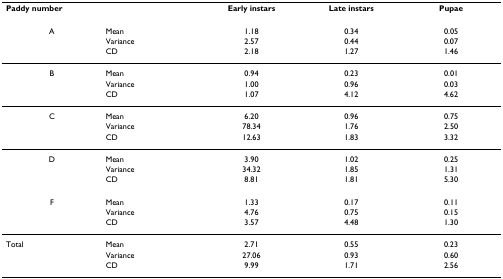
<table><thead><tr><td colspan="2"><b>Paddy number</b></td><td><b>Early instars</b></td><td><b>Late instars</b></td><td><b>Pupae</b></td></tr></thead><tbody><tr><td>A</td><td>Mean</td><td>1.18</td><td>0.34</td><td>0.05</td></tr><tr><td></td><td>Variance</td><td>2.57</td><td>0.44</td><td>0.07</td></tr><tr><td></td><td>CD</td><td>2.18</td><td>1.27</td><td>1.46</td></tr><tr><td>B</td><td>Mean</td><td>0.94</td><td>0.23</td><td>0.01</td></tr><tr><td></td><td>Variance</td><td>1.00</td><td>0.96</td><td>0.03</td></tr><tr><td></td><td>CD</td><td>1.07</td><td>4.12</td><td>4.62</td></tr><tr><td>C</td><td>Mean</td><td>6.20</td><td>0.96</td><td>0.75</td></tr><tr><td></td><td>Variance</td><td>78.34</td><td>1.76</td><td>2.50</td></tr><tr><td></td><td>CD</td><td>12.63</td><td>1.83</td><td>3.32</td></tr><tr><td>D</td><td>Mean</td><td>3.90</td><td>1.02</td><td>0.25</td></tr><tr><td></td><td>Variance</td><td>34.32</td><td>1.85</td><td>1.31</td></tr><tr><td></td><td>CD</td><td>8.81</td><td>1.81</td><td>5.30</td></tr><tr><td>F</td><td>Mean</td><td>1.33</td><td>0.17</td><td>0.11</td></tr><tr><td></td><td>Variance</td><td>4.76</td><td>0.75</td><td>0.15</td></tr><tr><td></td><td>CD</td><td>3.57</td><td>4.48</td><td>1.30</td></tr><tr><td>Total</td><td>Mean</td><td>2.71</td><td>0.55</td><td>0.23</td></tr><tr><td></td><td>Variance</td><td>27.06</td><td>0.93</td><td>0.60</td></tr><tr><td></td><td>CD</td><td>9.99</td><td>1.71</td><td>2.56</td></tr></tbody></table>